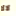
لالا